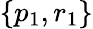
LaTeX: \{ p_{1},r_{1}\}